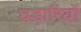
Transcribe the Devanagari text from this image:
घड़ारियों